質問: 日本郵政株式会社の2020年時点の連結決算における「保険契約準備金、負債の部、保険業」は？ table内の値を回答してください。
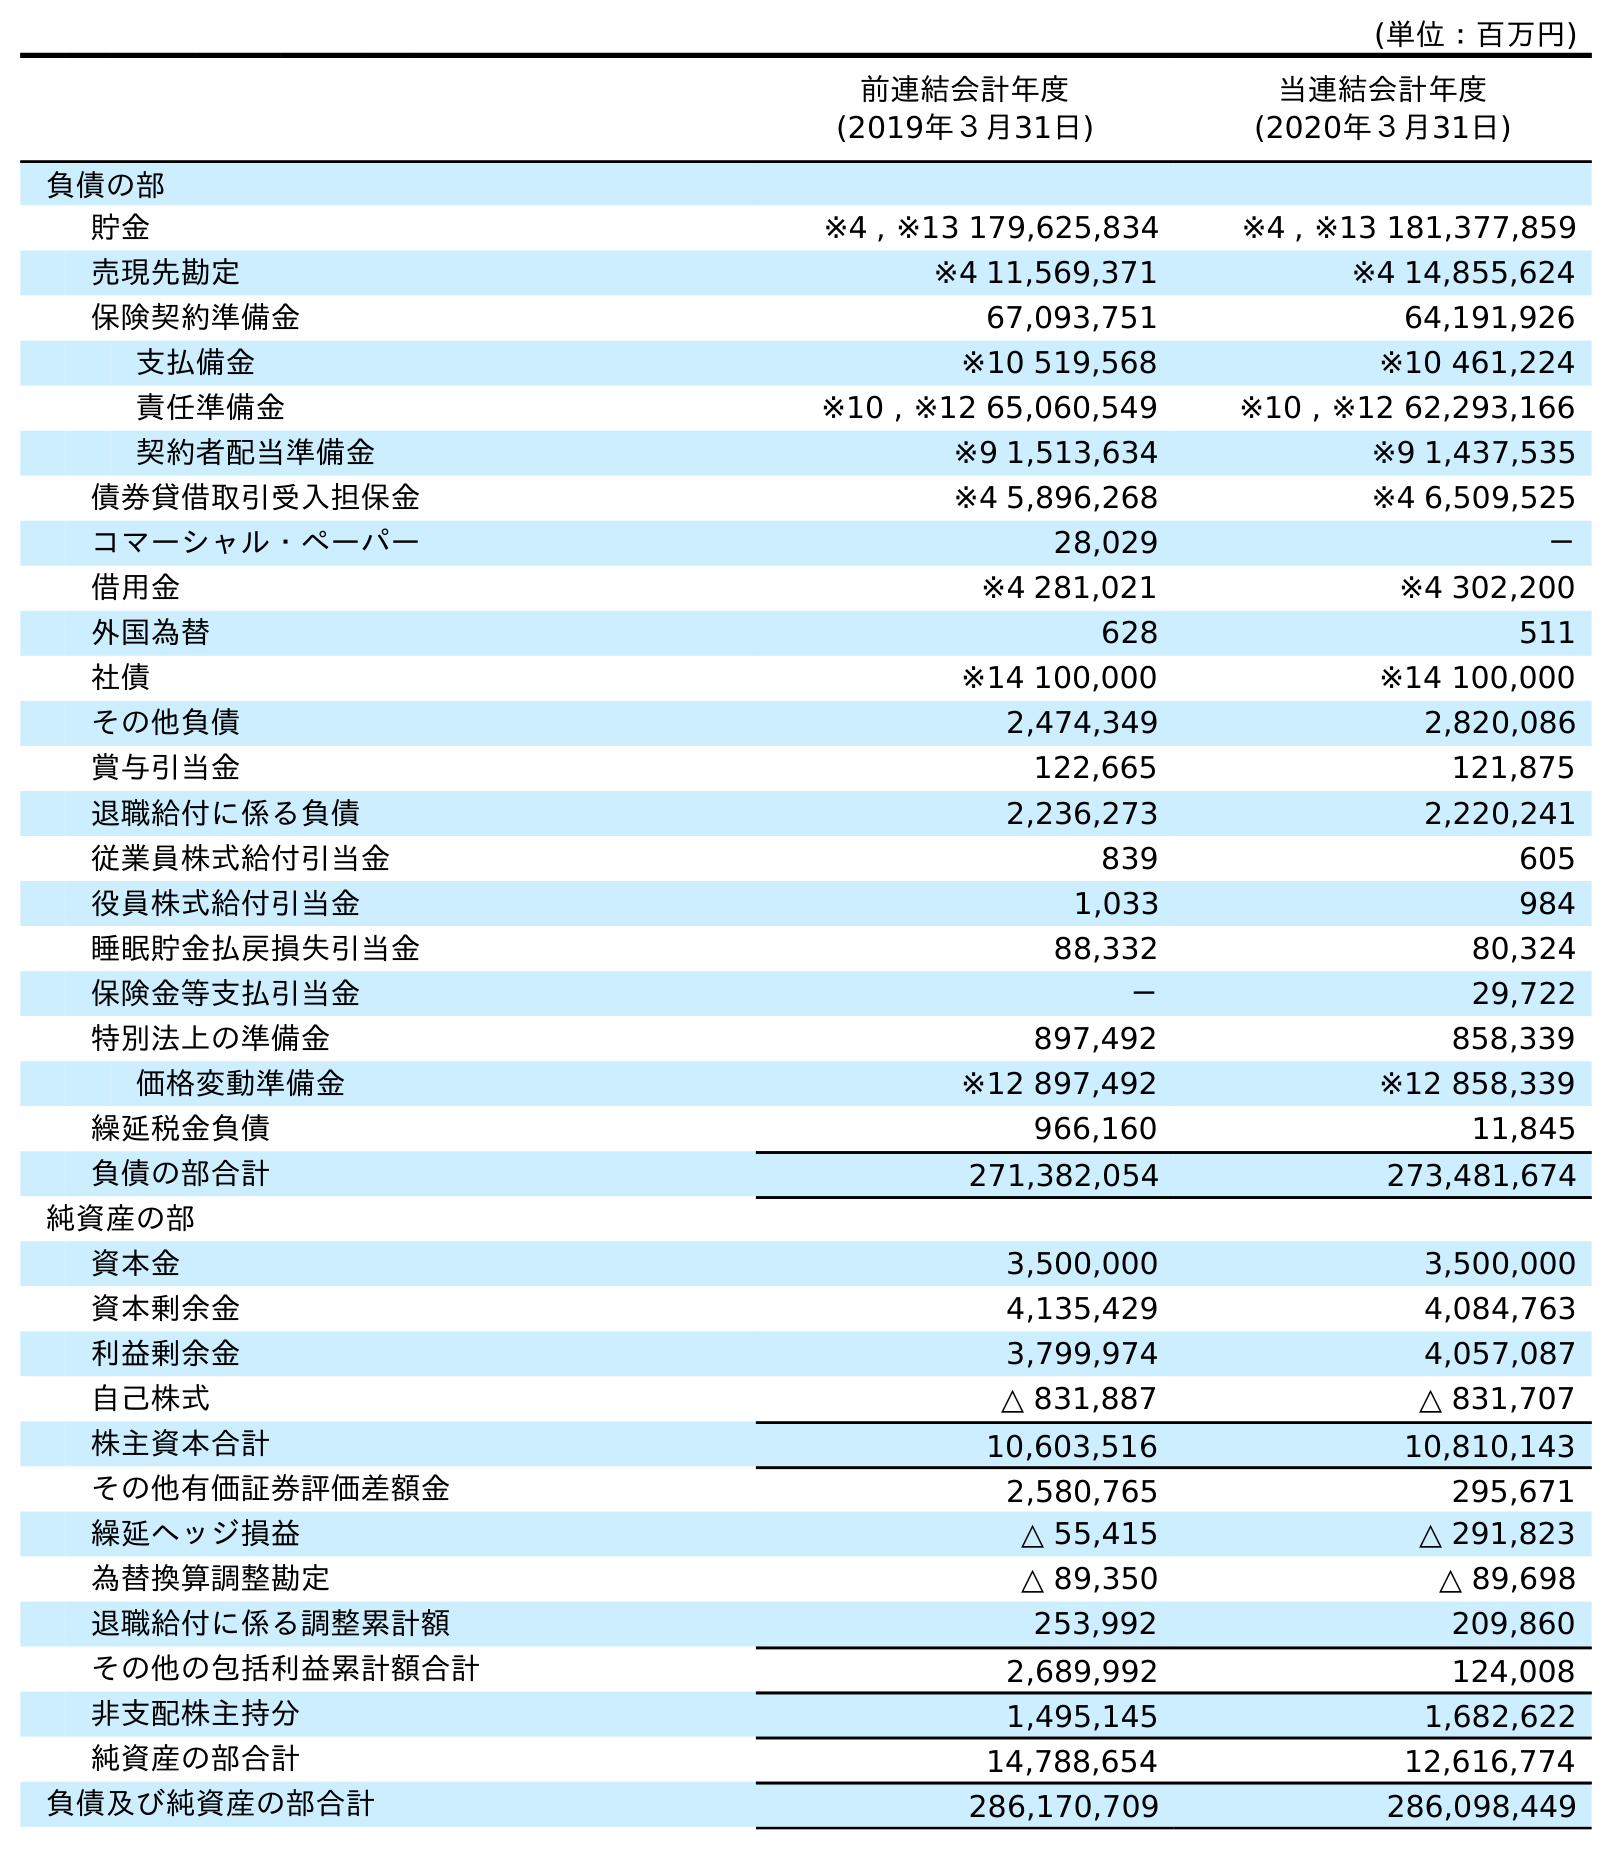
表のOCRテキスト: (単位：百万円) 前連結会計年度 (2019年３月31日) 当連結会計年度 (2020年３月31日) 負債の部 貯金 ※4 , ※13 179,625,834 ※4 , ※13 181,377,859 売現先勘定 ※4 11,569,371 ※4 14,855,624 保険契約準備金 67,093,751 64,191,926 支払備金 ※10 519,568 ※10 461,224 責任準備金 ※10 , ※12 65,060,549 ※10 , ※12 62,293,166 契約者配当準備金 ※9 1,513,634 ※9 1,437,535 債券貸借取引受入担保金 ※4 5,896,268 ※4 6,509,525 コマーシャル・ペーパー 28,029 － 借用金 ※4 281,021 ※4 302,200 外国為替 628 511 社債 ※14 100,000 ※14 100,000 その他負債 2,474,349 2,820,086 賞与引当金 122,665 121,875 退職給付に係る負債 2,236,273 2,220,241 従業員株式給付引当金 839 605 役員株式給付引当金 1,033 984 睡眠貯金払戻損失引当金 88,332 80,324 保険金等支払引当金 － 29,722 特別法上の準備金 897,492 858,339 価格変動準備金 ※12 897,492 ※12 858,339 繰延税金負債 966,160 11,845 負債の部合計 271,382,054 273,481,674 純資産の部 資本金 3,500,000 3,500,000 資本剰余金 4,135,429 4,084,763 利益剰余金 3,799,974 4,057,087 自己株式 △ 831,887 △ 831,707 株主資本合計 10,603,516 10,810,143 その他有価証券評価差額金 2,580,765 295,671 繰延ヘッジ損益 △ 55,415 △ 291,823 為替換算調整勘定 △ 89,350 △ 89,698 退職給付に係る調整累計額 253,992 209,860 その他の包括利益累計額合計 2,689,992 124,008 非支配株主持分 1,495,145 1,682,622 純資産の部合計 14,788,654 12,616,774 負債及び純資産の部合計 286,170,709 286,098,449
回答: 64,191,926